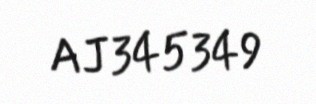
AJ345349